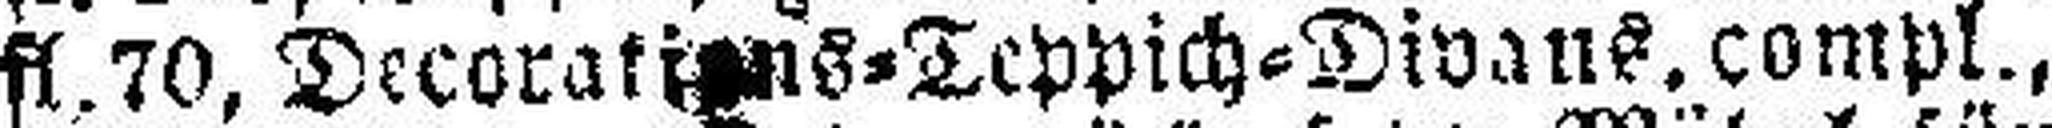
fl. 70, Decorations=Teppich=Divans, compl.,